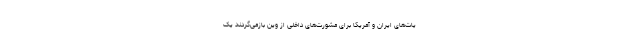
یات‌های ایران و آمریکا برای مشورت‌های داخلی از وین بازمی‌گردند یک